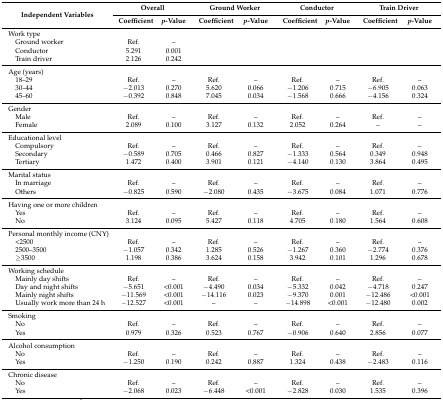
<table><thead><tr><td rowspan="2"><b>Independent Variables</b></td><td colspan="2"><b>Overall</b></td><td colspan="2"><b>Ground Worker</b></td><td colspan="2"><b>Conductor</b></td><td colspan="2"><b>Train Driver</b></td></tr><tr><td><b>Coefficient</b></td><td><b><i>p</i>-Value</b></td><td><b>Coefficient</b></td><td><b><i>p</i>-Value</b></td><td><b>Coefficient</b></td><td><b><i>p</i>-Value</b></td><td><b>Coefficient</b></td><td><b><i>p</i>-Value</b></td></tr></thead><tbody><tr><td colspan="9">Work type</td></tr><tr><td> Ground worker</td><td>Ref.</td><td>–</td><td></td><td></td><td></td><td></td><td></td><td></td></tr><tr><td> Conductor</td><td>5.291</td><td>0.001</td><td></td><td></td><td></td><td></td><td></td><td></td></tr><tr><td> Train driver</td><td>2.126</td><td>0.242</td><td></td><td></td><td></td><td></td><td></td><td></td></tr><tr><td colspan="9">Age (years)</td></tr><tr><td> 18–29</td><td>Ref.</td><td>–</td><td>Ref.</td><td>–</td><td>Ref.</td><td>–</td><td>Ref.</td><td>–</td></tr><tr><td> 30–44</td><td>−2.013</td><td>0.270</td><td>5.620</td><td>0.066</td><td>−1.206</td><td>0.715</td><td>−6.905</td><td>0.063</td></tr><tr><td> 45–60</td><td>−0.392</td><td>0.848</td><td>7.045</td><td>0.034</td><td>−1.568</td><td>0.666</td><td>−4.156</td><td>0.324</td></tr><tr><td colspan="9">Gender</td></tr><tr><td> Male</td><td>Ref.</td><td>–</td><td>Ref.</td><td>–</td><td>Ref.</td><td>–</td><td>Ref.</td><td>–</td></tr><tr><td> Female</td><td>2.089</td><td>0.100</td><td>3.127</td><td>0.132</td><td>2.052</td><td>0.264</td><td>–</td><td>–</td></tr><tr><td colspan="9">Educational level</td></tr><tr><td> Compulsory</td><td>Ref.</td><td>–</td><td>Ref.</td><td>–</td><td>Ref.</td><td>–</td><td>Ref.</td><td>–</td></tr><tr><td> Secondary </td><td>−0.589</td><td>0.705</td><td>0.466</td><td>0.827</td><td>−1.333</td><td>0.564</td><td>0.349</td><td>0.948</td></tr><tr><td> Tertiary </td><td>1.472</td><td>0.400</td><td>3.901</td><td>0.121</td><td>−4.140</td><td>0.130</td><td>3.864</td><td>0.495</td></tr><tr><td colspan="9">Marital status</td></tr><tr><td> In marriage</td><td>Ref.</td><td>–</td><td>Ref.</td><td>–</td><td>Ref.</td><td>–</td><td>Ref.</td><td>–</td></tr><tr><td> Others</td><td>−0.825</td><td>0.590</td><td>−2.080</td><td>0.435</td><td>−3.675</td><td>0.084</td><td>1.071</td><td>0.776</td></tr><tr><td colspan="9">Having one or more children</td></tr><tr><td> Yes</td><td>Ref.</td><td>–</td><td>Ref.</td><td>–</td><td>Ref.</td><td>–</td><td>Ref.</td><td>–</td></tr><tr><td> No</td><td>3.124</td><td>0.095</td><td>5.427</td><td>0.118</td><td>4.705</td><td>0.180</td><td>1.564</td><td>0.608</td></tr><tr><td colspan="9">Personal monthly income (CNY)</td></tr><tr><td> &lt;2500</td><td>Ref.</td><td>–</td><td>Ref.</td><td>–</td><td>Ref.</td><td>–</td><td>Ref.</td><td>–</td></tr><tr><td> 2500–3500</td><td>−1.057</td><td>0.342</td><td>1.285</td><td>0.526</td><td>−1.267</td><td>0.360</td><td>−2.774</td><td>0.376</td></tr><tr><td> ≥3500</td><td>1.198</td><td>0.386</td><td>3.624</td><td>0.158</td><td>3.942</td><td>0.101</td><td>1.296</td><td>0.678</td></tr><tr><td colspan="9">Working schedule</td></tr><tr><td> Mainly day shifts</td><td>Ref.</td><td>–</td><td>Ref.</td><td>–</td><td>Ref.</td><td>–</td><td>Ref.</td><td>–</td></tr><tr><td> Day and night shifts</td><td>−5.651</td><td>&lt;0.001</td><td>−4.490</td><td>0.034</td><td>−5.332</td><td>0.042</td><td>−4.718</td><td>0.247</td></tr><tr><td> Mainly night shifts</td><td>−11.569</td><td>&lt;0.001</td><td>−14.116</td><td>0.023</td><td>−9.370</td><td>0.001</td><td>−12.486</td><td>&lt;0.001</td></tr><tr><td> Usually work more than 24 h</td><td>−12.527</td><td>&lt;0.001</td><td>–</td><td>–</td><td>−14.898</td><td>&lt;0.001</td><td>−12.480</td><td>0.002</td></tr><tr><td colspan="9">Smoking</td></tr><tr><td> No</td><td>Ref.</td><td>–</td><td>Ref.</td><td>–</td><td>Ref.</td><td>–</td><td>Ref.</td><td>–</td></tr><tr><td> Yes</td><td>0.979</td><td>0.326</td><td>0.523</td><td>0.767</td><td>−0.906</td><td>0.640</td><td>2.856</td><td>0.077</td></tr><tr><td colspan="9">Alcohol consumption</td></tr><tr><td> No</td><td>Ref.</td><td>–</td><td>Ref.</td><td>–</td><td>Ref.</td><td>–</td><td>Ref.</td><td>–</td></tr><tr><td> Yes</td><td>−1.250</td><td>0.190</td><td>0.242</td><td>0.887</td><td>1.324</td><td>0.438</td><td>−2.483</td><td>0.116</td></tr><tr><td colspan="9">Chronic disease</td></tr><tr><td> No</td><td>Ref.</td><td>–</td><td>Ref.</td><td>–</td><td>Ref.</td><td>–</td><td>Ref.</td><td>–</td></tr><tr><td> Yes</td><td>−2.068</td><td>0.023</td><td>−6.448</td><td>&lt;0.001</td><td>−2.828</td><td>0.030</td><td>1.535</td><td>0.396</td></tr></tbody></table>